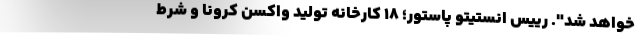
خواهد شد". رییس انستیتو پاستور؛ ۱۸ کارخانه تولید واکسن کرونا و شرط